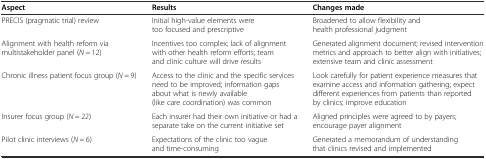
<table><thead><tr><td><b>Aspect</b></td><td><b>Results</b></td><td><b>Changes made</b></td></tr></thead><tbody><tr><td>PRECIS (pragmatic trial) review</td><td>Initial high-value elements were too focused and prescriptive</td><td>Broadened to allow flexibility and health professional judgment</td></tr><tr><td>Alignment with health reform via multistakeholder panel (<i>N</i> = 12)</td><td>Incentives too complex; lack of alignment with other health reform efforts; team and clinic culture will drive results</td><td>Generated alignment document; revised intervention metrics and approach to better align with initiatives; extensive team and clinic assessment</td></tr><tr><td>Chronic illness patient focus group (<i>N</i> = 9)</td><td>Access to the clinic and the specific services need to be improved; information gaps about what is newly available (like care coordination) was common</td><td>Look carefully for patient experience measures that examine access and information gathering; expect different experiences from patients than reported by clinics; improve education</td></tr><tr><td>Insurer focus group (<i>N</i> = 22)</td><td>Each insurer had their own initiative or had a separate take on the current initiative set</td><td>Aligned principles were agreed to by payers; encourage payer alignment</td></tr><tr><td>Pilot clinic interviews (<i>N</i> = 6)</td><td>Expectations of the clinic too vague and time-consuming</td><td>Generated a memorandum of understanding that clinics revised and implemented</td></tr></tbody></table>